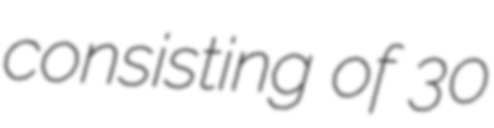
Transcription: consisting of 30